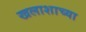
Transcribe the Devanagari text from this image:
खलाशाच्या